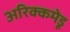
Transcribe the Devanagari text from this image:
अरिक्कमेडू